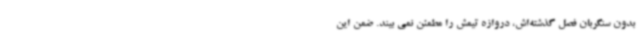
بدون سنگربان فصل گذشته‌اش، دروازه تیمش را مطمئن نمی بیند. ضمن این